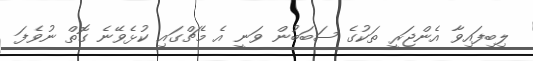
ލިބިފައިވާ އެންޖަރީ ތަކުގެ ސަބަބުން ވަނީ އެ މެޗްގައި ކުޅެވޭނެ ގޮތް ނުވެފަ